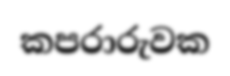
කපරාරුවක